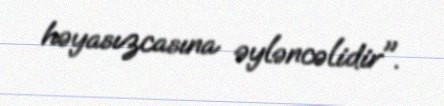
həyasızcasına əyləncəlidir".